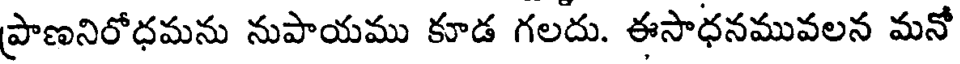
ప్రాణనిరోధమను నుపాయము కూడ గలదు. ఈసాధనమువలన మనో